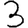
Digit: 3